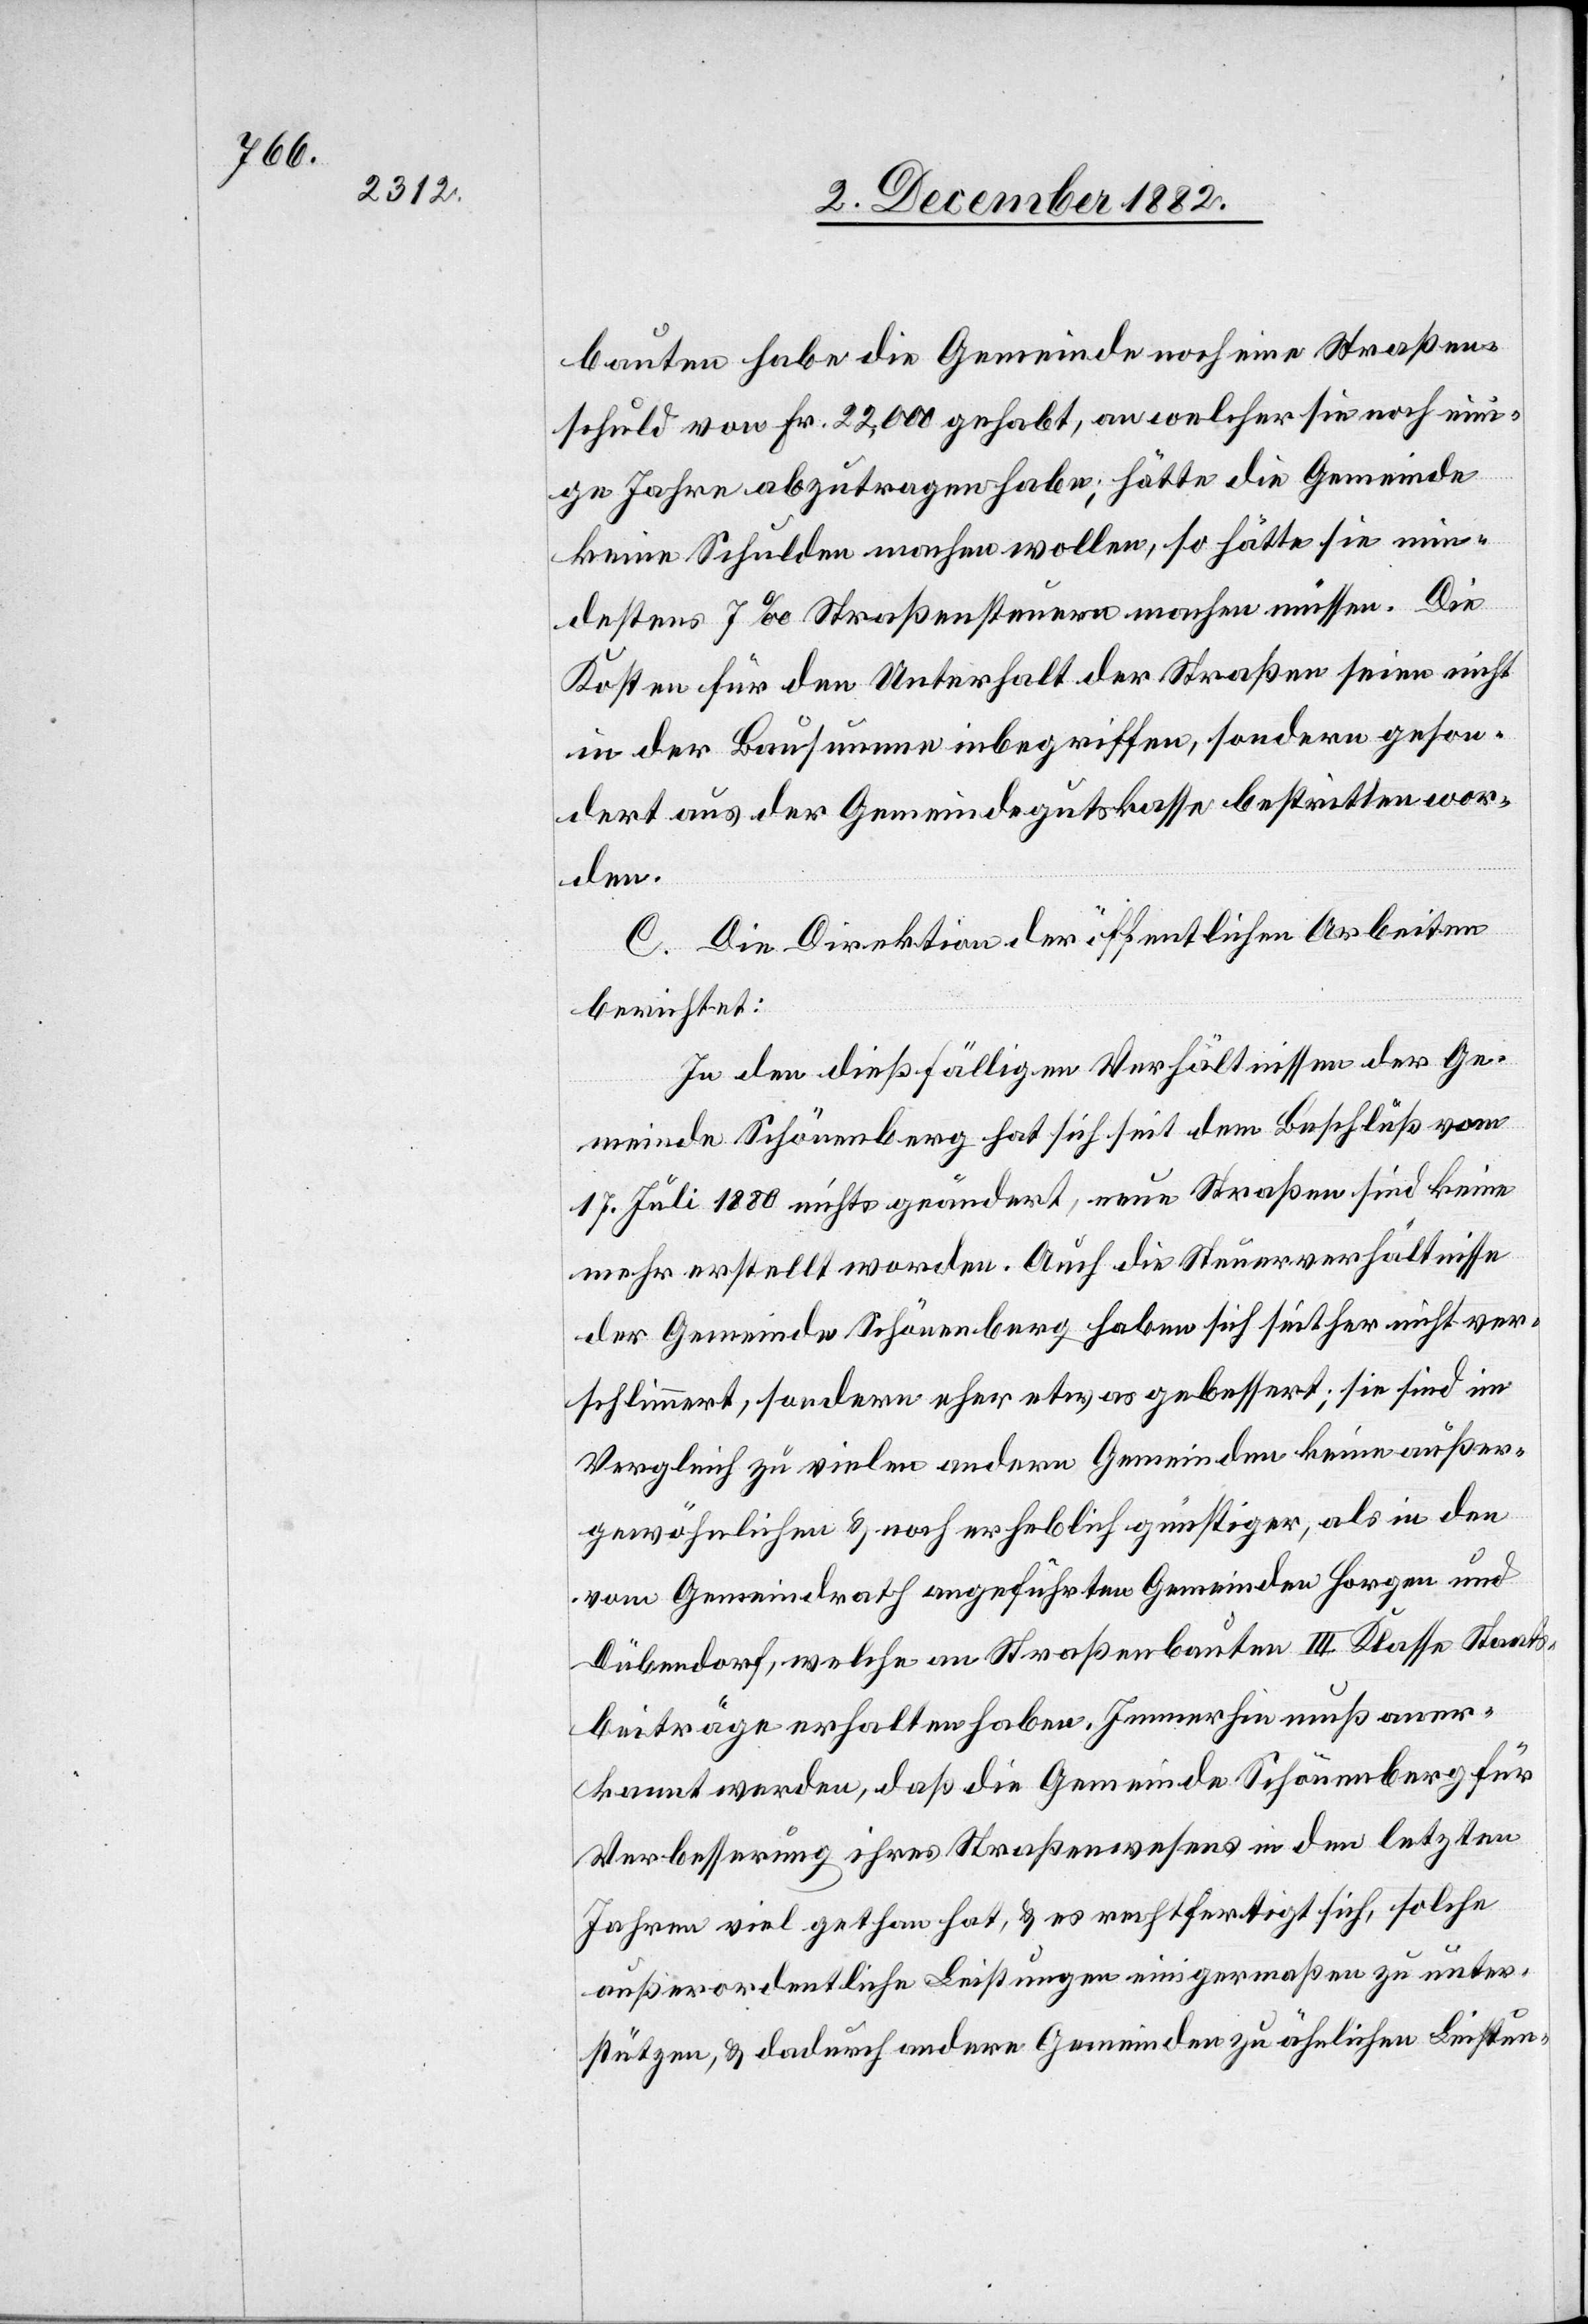
bauten habe die Gemeinde noch eine Straßen¬
schuld von Fr. 22,000 gehabt, an welcher sie noch ein¬
ige Jahre abzutragen habe; hätte die Gemeinde
keine Schulden machen wollen, so hätte sie min¬
destens 7‰ Straßensteuern machen müssen. Die
Kosten für den Unterhalt der Straßen seien nicht
in der Bausumme inbegriffen, sondern geson¬
dert aus der Gemeindegutskasse bestritten wor¬
den.
C. Die Direktion der öffentlichen Arbeiten
berichtet:
In den dießfälligen Verhältnissen der Ge¬
meinde Schönenberg hat sich seit dem Beschluß vom
17. Juli 1880 nichts geändert, neue Straßen sind keine
mehr erstellt worden. Auch die Steuerverhältnisse
der Gemeinde Schönenberg haben sich seither nicht ver¬
schlimmert, sondern eher etwas gebessert; sie sind im
Vergleich zu vielen andern Gemeinden keine außer¬
gewöhnlichen & noch erheblich günstiger, als in den
vom Gemeindrath angeführten Gemeinden Horgen und
Dübendorf, welche an Straßenbauten III. Klasse Staats¬
beiträge erhalten haben. Immerhin muß aner¬
kannt werden, daß die Gemeinde Schönenberg für
Verbesserung ihres Straßenwesens in den letzten
Jahren viel gethan hat, & es rechtfertigt sich, solche
außerordentliche Leistungen einigermaßen zu unter¬
stützen, & dadurch andere Gemeinden zu ähnlichen Leistun-